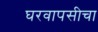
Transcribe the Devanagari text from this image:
घरवापसीचा